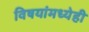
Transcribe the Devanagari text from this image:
विषयांमध्येही